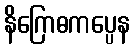
နိဂြောဓကပ္ပေန